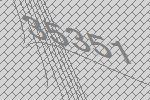
35351